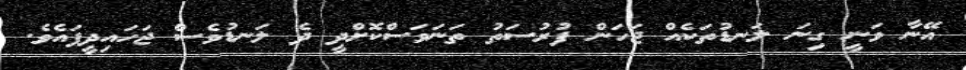
އޭނާ ވަނީ ގިނަ ލަނޑުތަކެއް ޖަހަން ފުރުސަތު ތަނަވަސްކޮށްދީ ދެ ލަނޑުވެސް ޖަހައިދީފައެވެ.